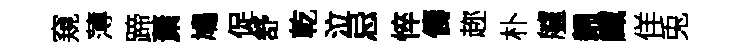
窺薄蹄䔥鳩促舒乾泣忌悴儔趂朴艫歸纖佯兎